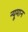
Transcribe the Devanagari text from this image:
न्यूमान